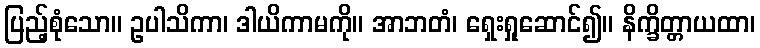
ပြည့်စုံသော။ ဥပါသိကာ၊ ဒါယိကာမကို။ အာဘတံ၊ ရှေးရှုဆောင်၍။ နိက္ခိတ္တာယထာ၊